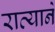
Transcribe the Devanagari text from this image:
राव्याने